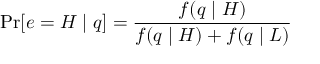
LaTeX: \operatorname* { P r } [ e = H \mid q ] = { \frac { f ( q \mid H ) } { f ( q \mid H ) + f ( q \mid L ) } }